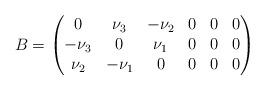
LaTeX: \begin{align*}B = \begin{pmatrix} 0 &\nu_3 &-\nu_2 &0 &0 &0 \\ -\nu_3 &0 &\nu_1 &0 &0 &0 \\ \nu_2 &-\nu_1 &0 &0 &0 &0 \end{pmatrix}\end{align*}